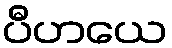
ပီဟယေ